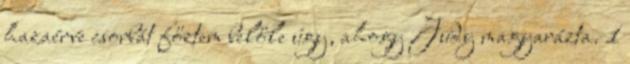
hazaérve csorbát főztem belőle úgy, ahogy Judy magyarázta. 1